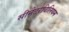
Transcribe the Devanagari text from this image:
सीनेटरविलियम